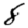
Digit: 8